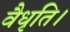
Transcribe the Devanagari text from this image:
वैधृति।